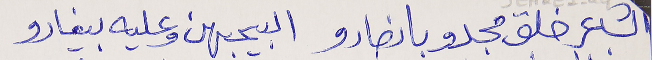
الشاعر خلق مجدو بانصارو   البيحبهن وعليه بيغارو